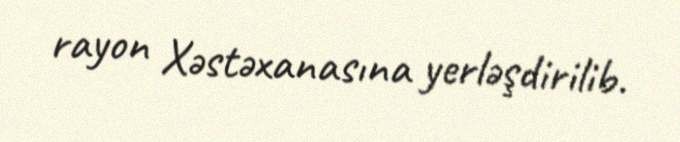
rayon Xəstəxanasına yerləşdirilib.